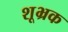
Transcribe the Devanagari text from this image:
शूभ्रक